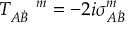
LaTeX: T _ { A \dot { B } } ^ { \ \ \ \ m } = - 2 i \sigma _ { A \dot { B } } ^ { m }